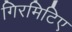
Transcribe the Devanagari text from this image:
गिरमिटिए